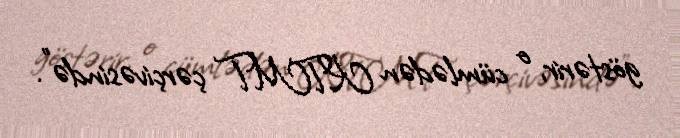
göstərir, o cümlədən KTMT çərçivəsində”.